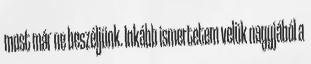
most már ne beszéljünk. Inkább ismertetem velük nagyjából a